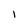
Character: 1